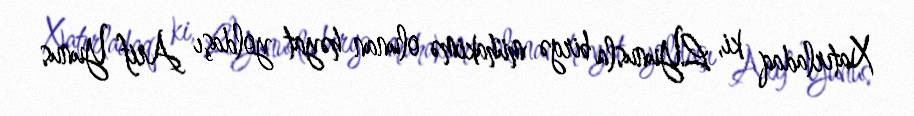
Xatırladaq ki, L.Yunusla birgə mühakimə olunan həyat yoldaşı Arif Yunus